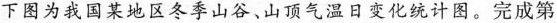
下图为我国某地区冬季山谷、山顶气温日变化统计图。完成第